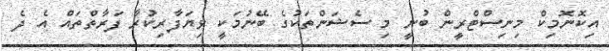
އިކޮނޮމިކް މިނިސްޓްރީން ބުނީ މި ސެޝަންތަކުގެ ބޭނުމަކީ ވިޔަފާރިކުރާ ފަރާތްތައް އެ ދެ